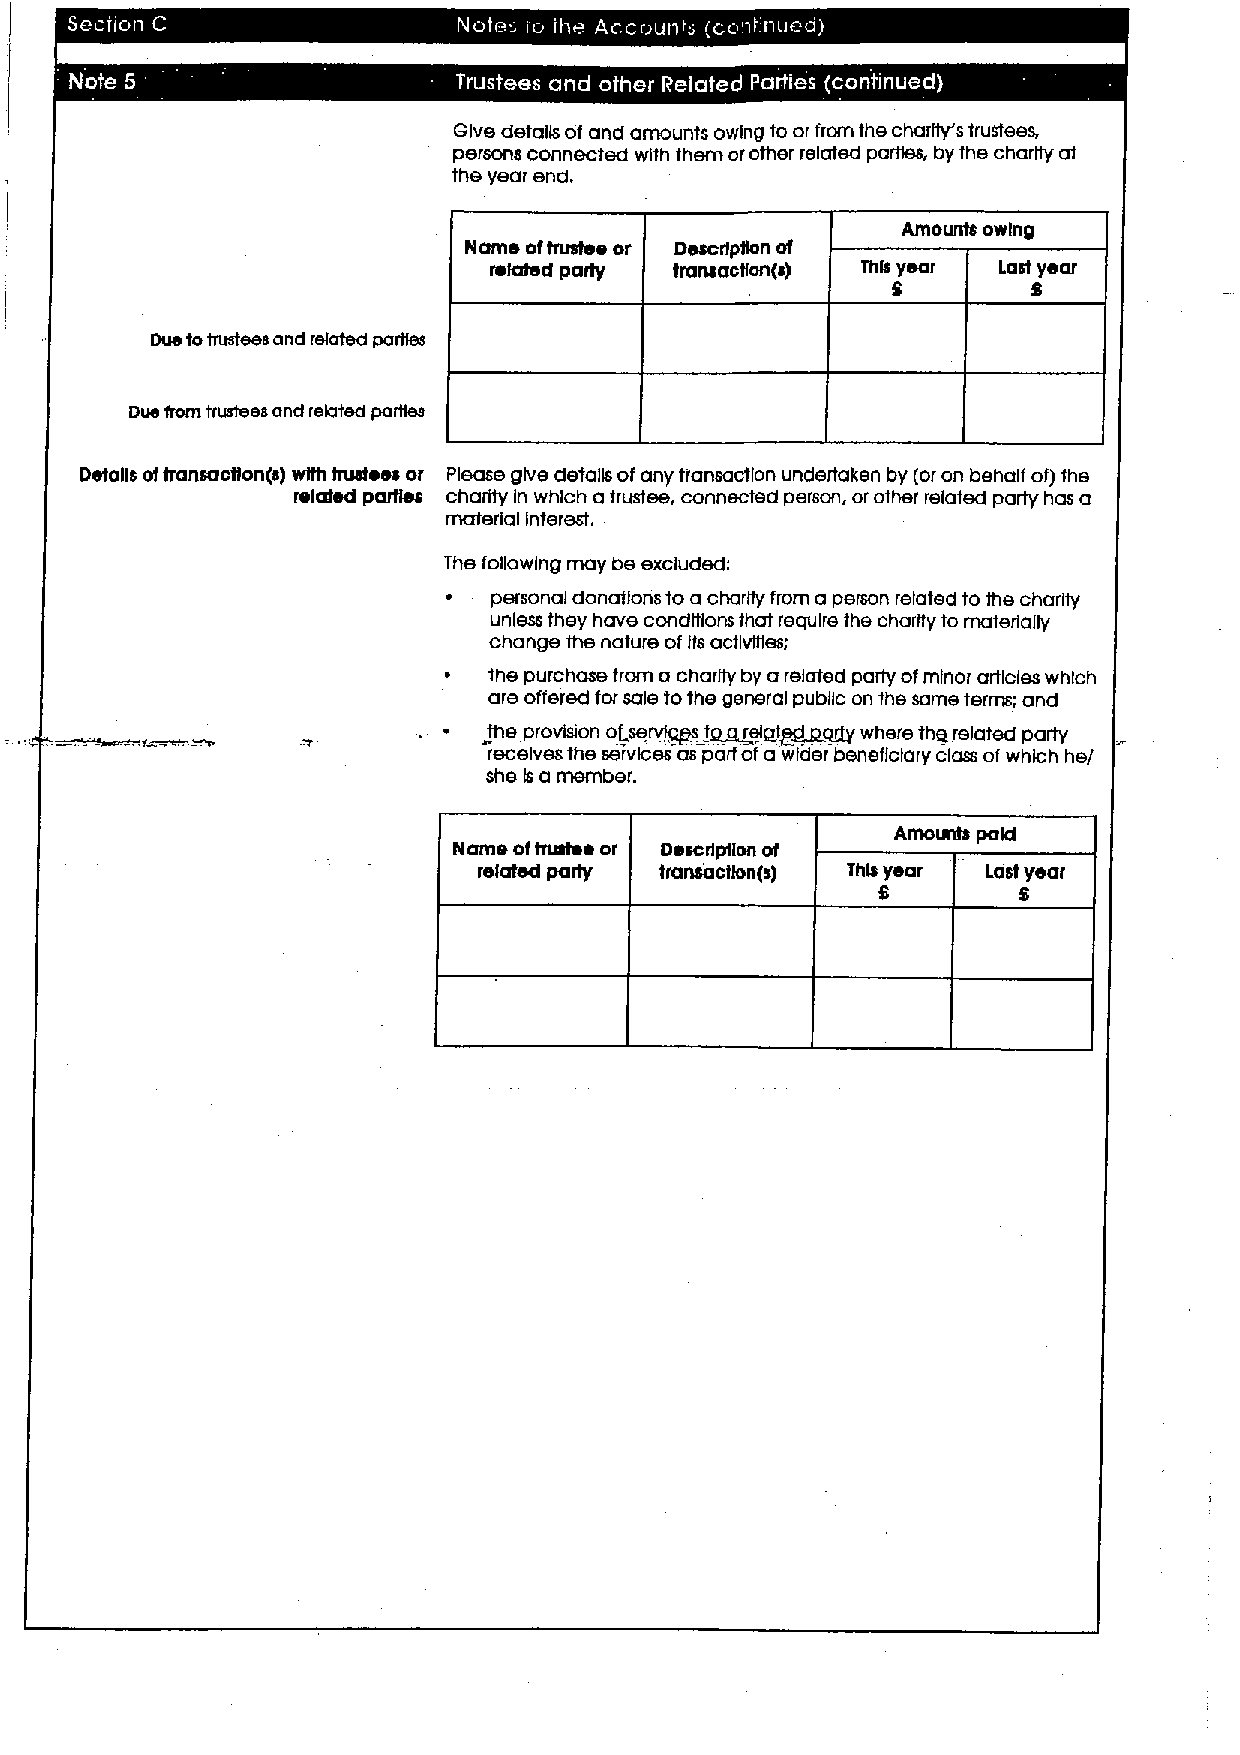
~ ~ ~     ~  ~ ~
 Give details ofand amounts owing to or from the charity's trustees,
 persons connected with them orother related parties, by the charity at
 the year end.
 Amounts owing
 Name oftrustee or Description of
 lefafed party transaction(s) Thkt year Last year
 S        S
 Due totrustees and related porlles
 Due tfom trustees and related parhes
 Details ottransaction(s) with trustees or Please give details ofany transaction undertaken by (oron behalf of) the
 related parties charity In which a trustee, connected person, or other related party has a
 material Interest.
 The following may be excluded:
 personal donations to a charity from a person related to the charity
 unless they have conditions that require the charity to materially
 change the nature ofIts activities;
 the purchase from a charity by a related party ofminor articles which
 are offered for sale tothe general public on the same terms; and
 the provision of.servlafts~tre~i~rti(y where thrt related party
 receives the seivlces as part ofa wider beneficiary class ofwhich he/
 she ls a member.
 Name oftrustee of Descflptloh of
 related party tfallMcltoh(s) This year Last year
 tt